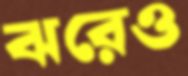
ঝরেও